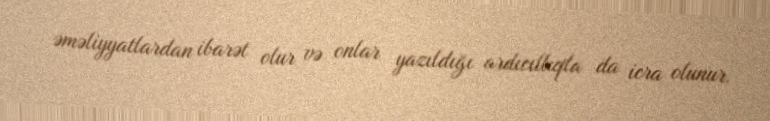
əməliyyatlardan ibarət olur və onlar yazıldığı ardıcıllıqla da icra olunur.